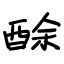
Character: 酴